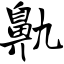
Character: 鼽